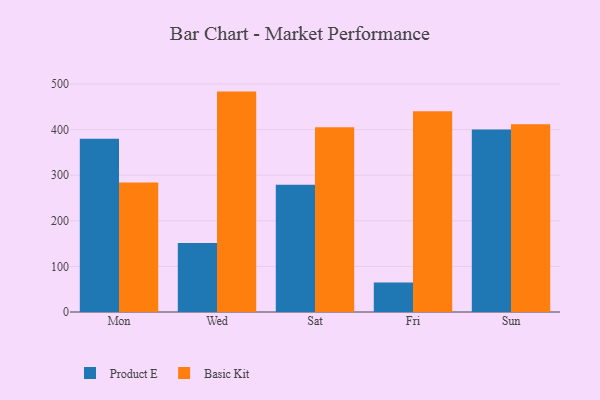
{"axis": {"x": "Day", "y": "Production Output"}, "legend": ["Basic Kit", "Product E"], "data": [{"x": "Mon", "y": 380.1, "type": "Product E"}, {"x": "Mon", "y": 284.0, "type": "Basic Kit"}, {"x": "Wed", "y": 151.2, "type": "Product E"}, {"x": "Wed", "y": 483.4, "type": "Basic Kit"}, {"x": "Sat", "y": 279.3, "type": "Product E"}, {"x": "Sat", "y": 405.3, "type": "Basic Kit"}, {"x": "Fri", "y": 64.5, "type": "Product E"}, {"x": "Fri", "y": 440.3, "type": "Basic Kit"}, {"x": "Sun", "y": 400.4, "type": "Product E"}, {"x": "Sun", "y": 411.7, "type": "Basic Kit"}]}